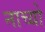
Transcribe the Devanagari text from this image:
नाच्यो